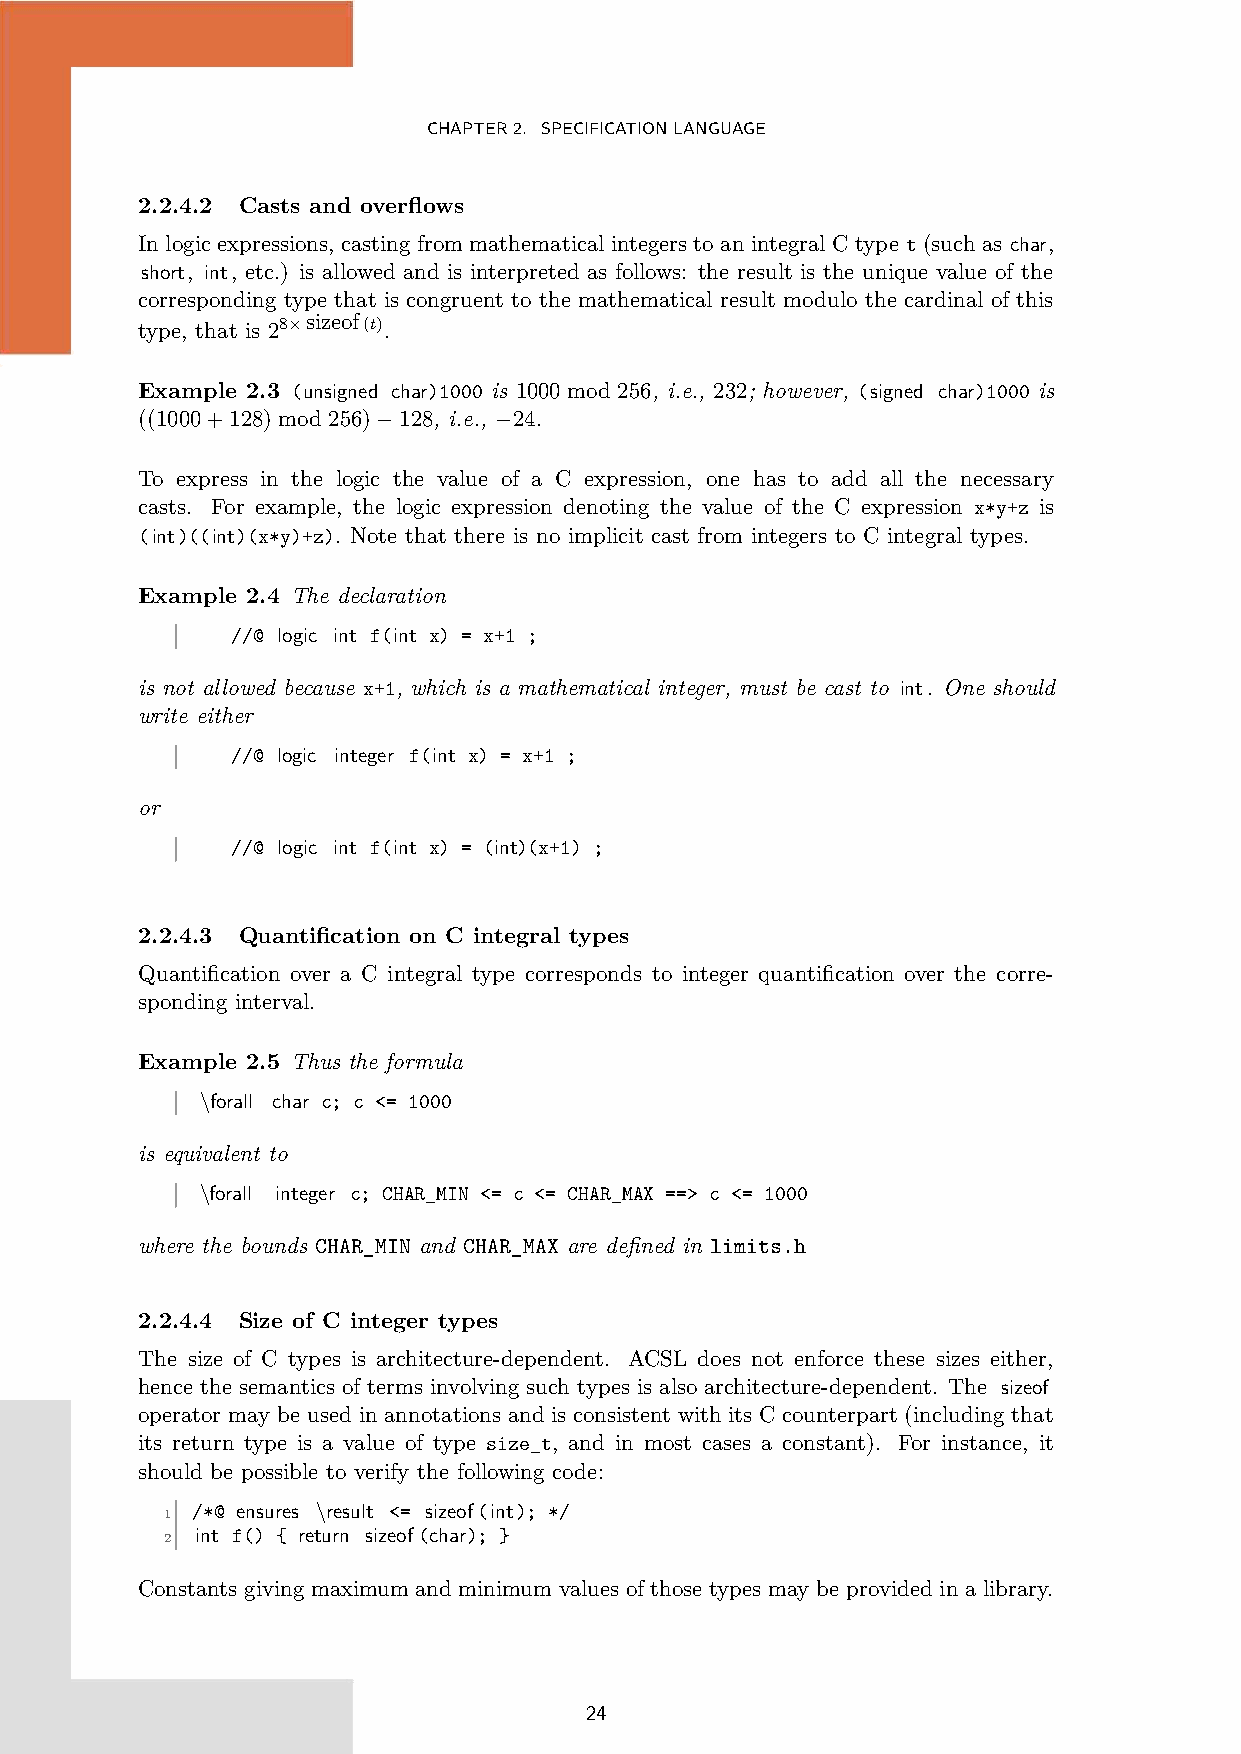
CHAPTER2. SPECIFICATIONLANGUAGE
 2.2.4.2 Casts and overflows
 In logic expressions, casting from mathematical integers to an integral C type t (such as char,
 short, int, etc.) is allowed and is interpreted as follows: the result is the unique value of the
 corresponding type that is congruent to the mathematical result modulo the cardinal of this
 type, that is
 28×sizeof(t).
 Example 2.3 (unsigned char)1000 is 1000 mod 256, i.e., 232; however, (signed char)1000 is
 ((1000+128) mod 256)−128, i.e., −24.
 To express in the logic the value of a C expression, one has to add all the necessary
 casts. For example, the logic expression denoting the value of the C expression x*y+z is
 (int)((int)(x*y)+z). Note that there is no implicit cast from integers to C integral types.
 Example 2.4 The declaration
 //@ logic int f(int x) = x+1 ;
 is not allowed because x+1, which is a mathematical integer, must be cast to int. One should
 write either
 //@ logic integer f(int x) = x+1 ;
 or
 //@ logic int f(int x) = (int)(x+1) ;
 2.2.4.3 Quantification on C integral types
 Quantification over a C integral type corresponds to integer quantification over the corre-
 sponding interval.
 Example 2.5 Thus the formula
 \forall char c; c <= 1000
 is equivalent to
 \forall integer c; CHAR_MIN <= c <= CHAR_MAX ==> c <= 1000
 where the bounds CHAR_MIN and CHAR_MAX are defined in limits.h
 2.2.4.4 Size of C integer types
 The size of C types is architecture-dependent. ACSL does not enforce these sizes either,
 hence the semantics of terms involving such types is also architecture-dependent. The sizeof
 operator may be used in annotations and is consistent with its C counterpart (including that
 its return type is a value of type size_t, and in most cases a constant). For instance, it
 should be possible to verify the following code:
 /*@ ensures \result <= sizeof(int); */
 1
 int f() { return sizeof(char); }
 2
 Constants giving maximum and minimum values of those types may be provided in a library.
 24